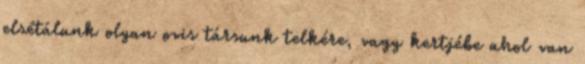
elsétálunk olyan ovis társunk telkére, vagy kertjébe ahol van